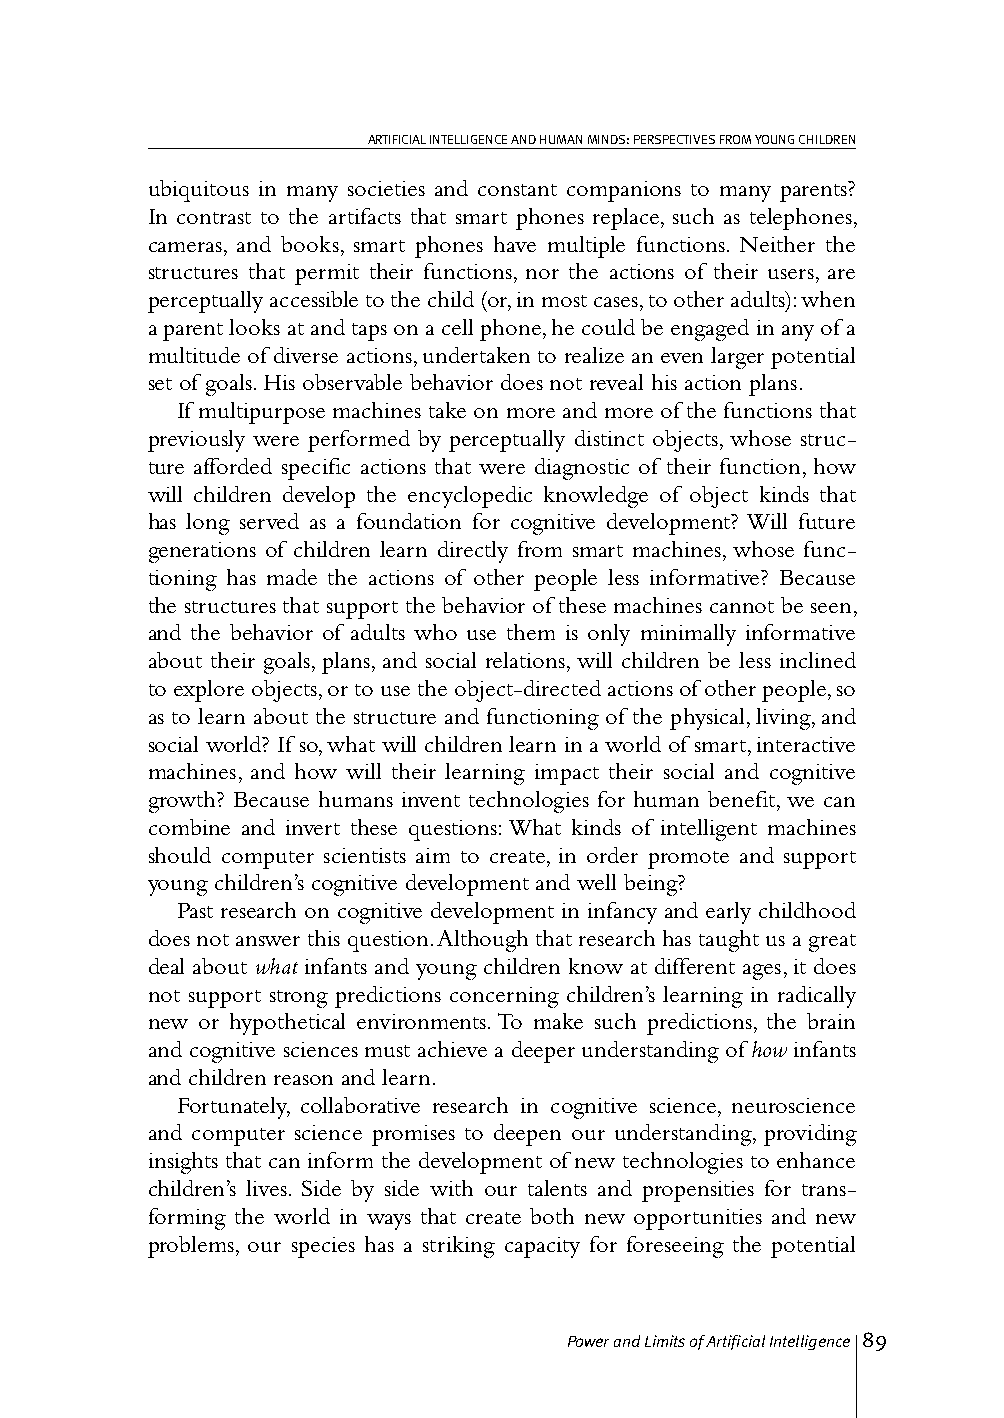
ARTIFICIAL INTELLIGENCE AND HUMAN MINDS: PERSPECTIVES FROM YOUNG CHILDREN
 ubiquitous in many societies and constant companions to many parents?
 In contrast to the artifacts that smart phones replace, such as telephones,
 cameras, and books, smart phones have multiple functions. Neither the
 structures that permit their functions, nor the actions of their users, are
 perceptually accessible to the child (or, in most cases, to other adults): when
 a parent looks at and taps on a cell phone, he could be engaged in any of a
 multitude of diverse actions, undertaken to realize an even larger potential
 set of goals. His observable behavior does not reveal his action plans.
 If multipurpose machines take on more and more of the functions that
 previously were performed by perceptually distinct objects, whose struc-
 ture afforded specific actions that were diagnostic of their function, how
 will children develop the encyclopedic knowledge of object kinds that
 has long served as a foundation for cognitive development? Will future
 generations of children learn directly from smart machines, whose func-
 tioning has made the actions of other people less informative? Because
 the structures that support the behavior of these machines cannot be seen,
 and the behavior of adults who use them is only minimally informative
 about their goals, plans, and social relations, will children be less inclined
 to explore objects, or to use the object-directed actions of other people, so
 as to learn about the structure and functioning of the physical, living, and
 social world? If so, what will children learn in a world of smart, interactive
 machines, and how will their learning impact their social and cognitive
 growth? Because humans invent technologies for human benefit, we can
 combine and invert these questions: What kinds of intelligent machines
 should computer scientists aim to create, in order promote and support
 young children’s cognitive development and well being?
 Past research on cognitive development in infancy and early childhood
 does not answer this question. Although that research has taught us a great
 deal about what infants and young children know at different ages, it does
 not support strong predictions concerning children’s learning in radically
 new or hypothetical environments. To make such predictions, the brain
 and cognitive sciences must achieve a deeper understanding of how infants
 and children reason and learn.
 Fortunately, collaborative research in cognitive science, neuroscience
 and computer science promises to deepen our understanding, providing
 insights that can inform the development of new technologies to enhance
 children’s lives. Side by side with our talents and propensities for trans-
 forming the world in ways that create both new opportunities and new
 problems, our species has a striking capacity for foreseeing the potential
 Power and Limits of Artificial Intelligence 89